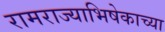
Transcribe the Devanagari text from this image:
रामराज्याभिषेकाच्या